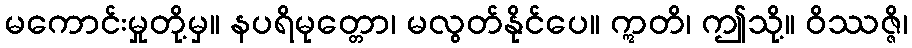
မကောင်းမှုတို့မှ။ နပရိမုတ္တော၊ မလွတ်နိုင်ပေ။ ဣတိ၊ ဤသို့။ ဝိဿဇ္ဇိ၊